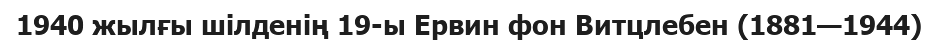
1940 жылғы шілденің 19-ы Ервин фон Витцлебен (1881—1944)